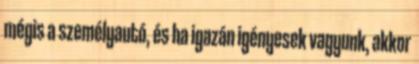
mégis a személyautó, és ha igazán igényesek vagyunk, akkor